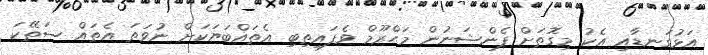
އަޅުގަނޑާއި އެކު މިގޮތަށް ޕެންޝަނުން މަޙްރޫމް ވެފައިތިބި އެތައްބަޔަކަށް ނުވަތަ އެތައް ސަތޭކަ